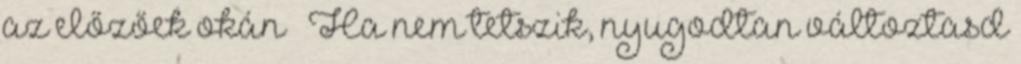
az előzőek okán – Ha nem tetszik, nyugodtan változtasd